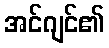
အင်ဂျင်၏